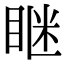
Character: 𥇆